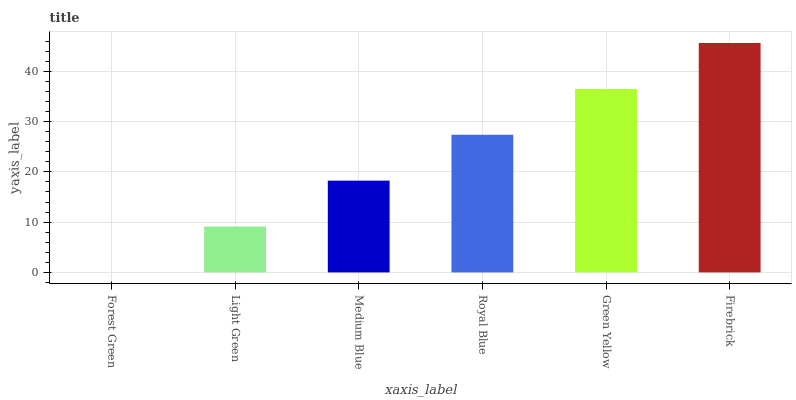
| xaxis_label | bars |
 | --- | --- |
 | Forest Green | 0 |
 | Light Green | 9.13 |
 | Medium Blue | 18.3 |
 | Royal Blue | 27.4 |
 | Green Yellow | 36.5 |
 | Firebrick | 45.6 |